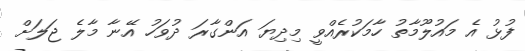
ފުޅު އެ މައުލޫމާތު ހާމަކުރެއްވީ މިދިޔަ އަންގާރަ ދުވަހު އޭނާ މާލެ ޖަލަށް